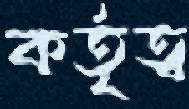
কর্তৃত্ব